Indian journal of veterinary science and animal husbandry - Volumes 15-17, 1948-1951
Year: 1948
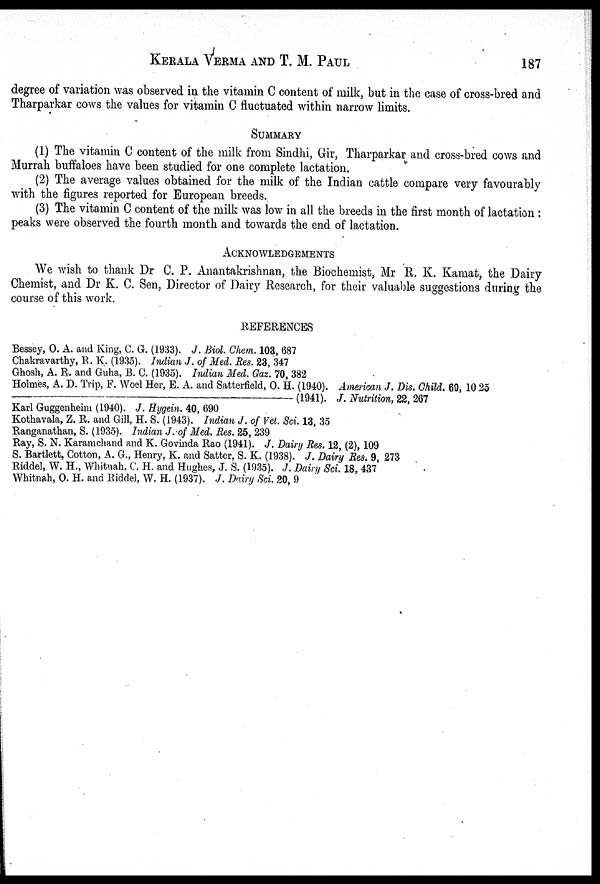
KERALA VERMA AND T. M. PAUL 187
degree of variation was observed in the vitamin C content of milk, but in the case of cross-bred and
Tharparkar cows the values for vitamin C fluctuated within narrow limits.
SUMMARY
(1) The vitamin C content of the milk from Sindhi, Gir, Tharparkar and cross-bred cows and
Murrah buffaloes have been studied for one complete lactation.
(2) The average values obtained for the milk of the Indian cattle compare very favourably
with the figures reported for European breeds.
(3) The vitamin C content of the milk was low in all the breeds in the first month of lactation:
peaks were observed the fourth month and towards the end of lactation.
ACKNOWLEDGEMENTS
We wish to thank Dr C. P. Anantakrishnan, the Biochemist, Mr R. K. Kamat, the Dairy
Chemist, and Dr K. C. Sen, Director of Dairy Research, for their valuable suggestions during the
course of this work.
REFERENCES
Bessey, O. A. and King, C. G. (1933). J. Biol. Chem. 103, 687
Chakravarthy, R. K. (1935). Indian J. of Med. Res. 23, 347
Ghosh, A. R. and Guha, B. C. (1935). Indian Med. Gaz. 70, 382
Holmes, A. D. Trip, F. Woel Her, E. A. and Satterfield, O. H. (1940). American J. Dis. Child. 60, 10 25
——(1941).
J. Nutrition, 22, 267
Karl Guggenheim (1940). J. Hygein 40, 690
Kothavala, Z. R. and Gill, H. S. (1943). Indian J. of Vet. Sci. 13, 35
Ranganathan, S. (1935). Indian J. of Med. Res. 25, 239
Ray, S. N. Karamchand and K. Govinda Rao (1941). J. Dairy Res. 12, (2), 109
S. Bartlett, Cotton, A. G., Henry, K. and Satter, S. K. (1938). J. Dairy Res. 9, 273
Riddel, W. H., Whitnah, C. H. and Hughes, J. S. (1935). J. Dairy Sci. 18, 437
Whitnah, O. H. and Riddel, W. H. (1937). J. Dairy Sci. 20, 9